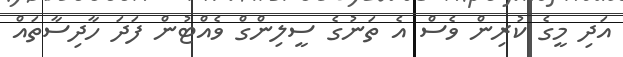
އަދި މީގެ ކުރިން ވެސް އެ ތަނުގެ ސީލިންގް ވެއްޓުން ފަދަ ހާދިސާތައް